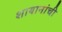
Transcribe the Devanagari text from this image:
शायानांची